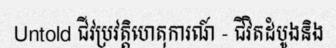
Untold ជីវប្រវត្តិហេតុការណ៍ - ជីវិតដំបូងនិង